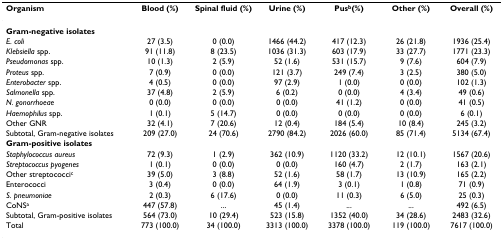
<table><thead><tr><td><b>Organism</b></td><td><b>Blood (%)</b></td><td><b>Spinal fluid (%)</b></td><td><b>Urine (%)</b></td><td><b>Pus<sup>b</sup>(%)</b></td><td><b>Other (%)</b></td><td><b>Overall (%)</b></td></tr></thead><tbody><tr><td><b>Gram-negative isolates</b></td><td></td><td></td><td></td><td></td><td></td><td></td></tr><tr><td><i>E. coli</i></td><td>27 (3.5)</td><td>0 (0.0)</td><td>1466 (44.2)</td><td>417 (12.3)</td><td>26 (21.8)</td><td>1936 (25.4)</td></tr><tr><td><i>Klebsiella </i>spp.</td><td>91 (11.8)</td><td>8 (23.5)</td><td>1036 (31.3)</td><td>603 (17.9)</td><td>33 (27.7)</td><td>1771 (23.3)</td></tr><tr><td><i>Pseudomonas </i>spp.</td><td>10 (1.3)</td><td>2 (5.9)</td><td>52 (1.6)</td><td>531 (15.7)</td><td>9 (7.6)</td><td>604 (7.9)</td></tr><tr><td><i>Proteus </i>spp.</td><td>7 (0.9)</td><td>0 (0.0)</td><td>121 (3.7)</td><td>249 (7.4)</td><td>3 (2.5)</td><td>380 (5.0)</td></tr><tr><td><i>Enterobacter </i>spp.</td><td>4 (0.5)</td><td>0 (0.0)</td><td>97 (2.9)</td><td>1 (0.0)</td><td>0 (0.0)</td><td>102 (1.3)</td></tr><tr><td><i>Salmonella </i>spp.</td><td>37 (4.8)</td><td>2 (5.9)</td><td>6 (0.2)</td><td>0 (0.0)</td><td>4 (3.4)</td><td>49 (0.6)</td></tr><tr><td><i>N. gonorrhoeae</i></td><td>0 (0.0)</td><td>0 (0.0)</td><td>0 (0.0)</td><td>41 (1.2)</td><td>0 (0.0)</td><td>41 (0.5)</td></tr><tr><td><i>Haemophilus </i>spp.</td><td>1 (0.1)</td><td>5 (14.7)</td><td>0 (0.0)</td><td>0 (0.0)</td><td>0 (0.0)</td><td>6 (0.1)</td></tr><tr><td>Other GNR</td><td>32 (4.1)</td><td>7 (20.6)</td><td>12 (0.4)</td><td>184 (5.4)</td><td>10 (8.4)</td><td>245 (3.2)</td></tr><tr><td>Subtotal, Gram-negative isolates</td><td>209 (27.0)</td><td>24 (70.6)</td><td>2790 (84.2)</td><td>2026 (60.0)</td><td>85 (71.4)</td><td>5134 (67.4)</td></tr><tr><td><b>Gram-positive isolates</b></td><td></td><td></td><td></td><td></td><td></td><td></td></tr><tr><td><i>Staphylococcus aureus</i></td><td>72 (9.3)</td><td>1 (2.9)</td><td>362 (10.9)</td><td>1120 (33.2)</td><td>12 (10.1)</td><td>1567 (20.6)</td></tr><tr><td><i>Streptococcus pyogenes</i></td><td>1 (0.1)</td><td>0 (0.0)</td><td>0 (0.0)</td><td>160 (4.7)</td><td>2 (1.7)</td><td>163 (2.1)</td></tr><tr><td>Other streptococci<sup>c</sup></td><td>39 (5.0)</td><td>3 (8.8)</td><td>52 (1.6)</td><td>58 (1.7)</td><td>13 (10.9)</td><td>165 (2.2)</td></tr><tr><td>Enterococci</td><td>3 (0.4)</td><td>0 (0.0)</td><td>64 (1.9)</td><td>3 (0.1)</td><td>1 (0.8)</td><td>71 (0.9)</td></tr><tr><td><i>S. pneumoniae</i></td><td>2 (0.3)</td><td>6 (17.6)</td><td>0 (0.0)</td><td>11 (0.3)</td><td>6 (5.0)</td><td>25 (0.3)</td></tr><tr><td>CoNS<sup>a</sup></td><td>447 (57.8)</td><td>...</td><td>45 (1.4)</td><td>...</td><td>...</td><td>492 (6.5)</td></tr><tr><td>Subtotal, Gram-positive isolates</td><td>564 (73.0)</td><td>10 (29.4)</td><td>523 (15.8)</td><td>1352 (40.0)</td><td>34 (28.6)</td><td>2483 (32.6)</td></tr><tr><td>Total</td><td>773 (100.0)</td><td>34 (100.0)</td><td>3313 (100.0)</td><td>3378 (100.0)</td><td>119 (100.0)</td><td>7617 (100.0)</td></tr></tbody></table>